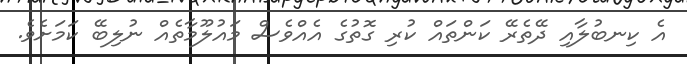
އެ ކިނބުލާއި ދޭތެރޭ ކަންތައް ކުރި ގޮތުގެ އެއްވެސް މައުލޫމާތެއް ނުލިބޭ ކަމަށެވެ.